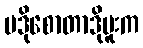
ပဒိုစောတာဒိုမူးက